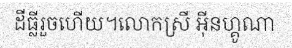
ដីធ្លីរួចហើយ។លោកស្រី អ៊ីនហ្គូណា